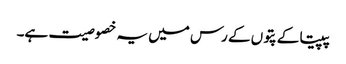
پپیتا کے پتوں کے رس میں یہ خصوصیت ہے۔